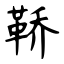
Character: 鞒